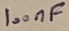
Text: 100nF